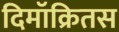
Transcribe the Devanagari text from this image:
दिमॉक्रितस